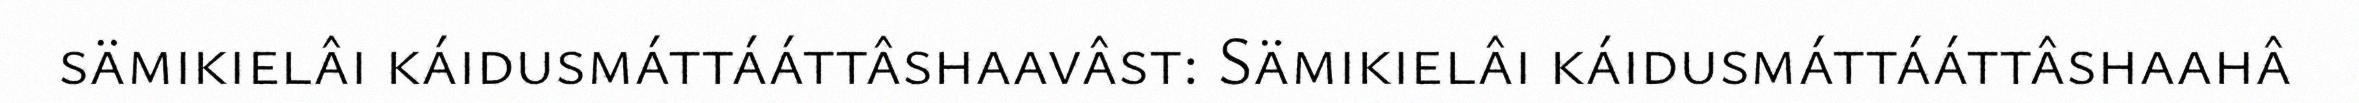
sämikielâi káidusmáttááttâshaavâst: Sämikielâi káidusmáttááttâshaahâ